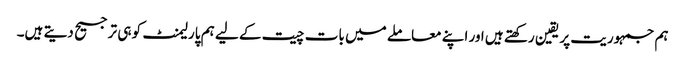
ہم جمہوریت پر یقین رکھتے ہیں اور اپنے معاملے میں بات چیت کے لیے ہم پارلیمنٹ کو ہی ترجیح دیتے ہیں۔